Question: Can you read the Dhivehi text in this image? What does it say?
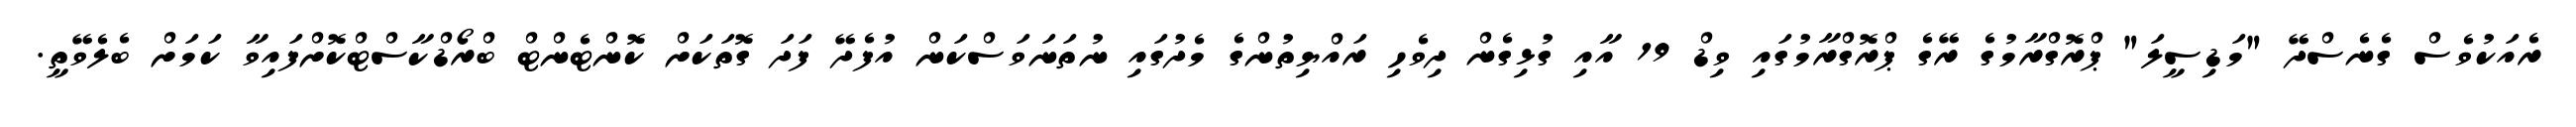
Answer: ރެއަކުވެސް ގެނެސްދޭ "މަޑިސީލަ" ޕްރޮގްރާމުގެ ރޭގެ ޕްރޮގްރާމުގައި ވިޑް 19 އާއި ގުޅިގެން ދިވެހި ރައްޔިތުންގެ މެދުގައި ނުތަނަވަސްކަން އުފެދޭ ފަދަ ގޮތަކަށް ކޮންޓެންޓް ބްރޯޑްކާސްޓްކޮށްފައިވާ ކަމަށް ބެލެވޭތީ.